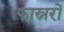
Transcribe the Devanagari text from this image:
फास्नरों